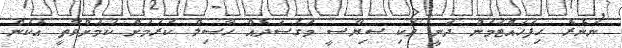
ނުނެރެ ހިފަހައްޓަމުން ދަނީ ވަކި ސިޔާސީ މަގުސަދެއް ހާސިލް ކުރުމަށް ކަމަށްވާތީ އެކަން